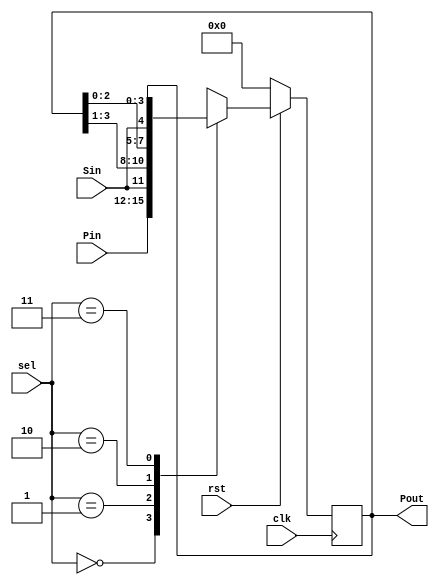
`timescale 1ns / 1ps
//////////////////////////////////////////////////////////////////////////////////
// Company: 
// Engineer: 
// 
// Design Name: 
// Module Name:    Universal_Shift 
// Project Name: 
// Target Devices: 
// Tool versions: 
// Description: 
//
// Dependencies: 
//
// Revision: 
// Revision 0.01 - File Created
// Additional Comments: 
//
//////////////////////////////////////////////////////////////////////////////////
module Universal_Shift(Sin, Pin, Pout, sel, rst, clk);
	input [3:0]Pin;
	input Sin;
	input [1:0]sel;
	input rst, clk;
	output reg [3:0]Pout;
	
	always @(posedge clk)
	begin
	if(!rst)
		begin
			Pout <= 4'b0;
		end
	else
		begin	
			case(sel)
				2'b00 : Pout <= Pin;
				2'b01 : Pout <= {Sin, Pout[3:1]};
				2'b10 : Pout <= {Pout[2:0], Sin};
				2'b11 : Pout <= Pout;
				endcase
			end
		end
endmodule